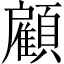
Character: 顧